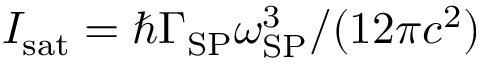
I _ { \mathrm { s a t } } = { \hbar \Gamma _ { \mathrm { S P } } \omega _ { \mathrm { S P } } ^ { 3 } } / ( { 1 2 \pi c ^ { 2 } } )